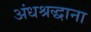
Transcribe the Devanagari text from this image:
अंधश्रद्धाना